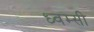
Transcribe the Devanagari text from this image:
ध्वम्सी